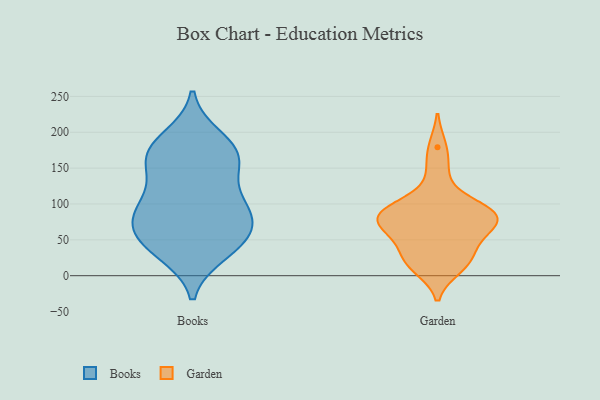
{"axis": {"x": "Market Share (%)", "y": "Value"}, "legend": ["Books", "Garden"], "data": [{"x": "", "y": 105, "type": "Books"}, {"x": "", "y": 191, "type": "Books"}, {"x": "", "y": 90, "type": "Books"}, {"x": "", "y": 43, "type": "Books"}, {"x": "", "y": 146, "type": "Books"}, {"x": "", "y": 43, "type": "Books"}, {"x": "", "y": 91, "type": "Books"}, {"x": "", "y": 73, "type": "Books"}, {"x": "", "y": 68, "type": "Books"}, {"x": "", "y": 166, "type": "Books"}, {"x": "", "y": 177, "type": "Books"}, {"x": "", "y": 101, "type": "Books"}, {"x": "", "y": 164, "type": "Books"}, {"x": "", "y": 168, "type": "Books"}, {"x": "", "y": 53, "type": "Books"}, {"x": "", "y": 33, "type": "Books"}, {"x": "", "y": 75, "type": "Garden"}, {"x": "", "y": 145, "type": "Garden"}, {"x": "", "y": 27, "type": "Garden"}, {"x": "", "y": 21, "type": "Garden"}, {"x": "", "y": 81, "type": "Garden"}, {"x": "", "y": 95, "type": "Garden"}, {"x": "", "y": 90, "type": "Garden"}, {"x": "", "y": 73, "type": "Garden"}, {"x": "", "y": 91, "type": "Garden"}, {"x": "", "y": 20, "type": "Garden"}, {"x": "", "y": 57, "type": "Garden"}, {"x": "", "y": 179, "type": "Garden"}, {"x": "", "y": 76, "type": "Garden"}, {"x": "", "y": 53, "type": "Garden"}, {"x": "", "y": 92, "type": "Garden"}, {"x": "", "y": 12, "type": "Garden"}]}